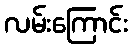
လမ်းကြောင်း